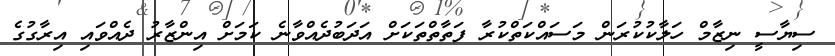
ސިޔާސީ ނިޒާމް ހަލާކުކުރަން މަސައްކަތްކުރާ ފަތާތްތަކަށް އަދަބުދެއްވާނެ ކަމަށް އިންޒާރު ދެއްވައި އިރާގުގެ